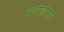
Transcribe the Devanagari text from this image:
स्योहारा